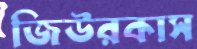
জিউরকাস